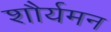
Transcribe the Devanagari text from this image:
शौर्यमन